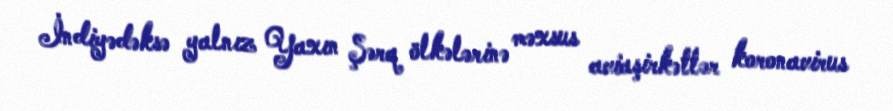
İndiyədəksə yalnız Yaxın Şərq ölkələrinə məxsus aviaşirkətlər koronavirus